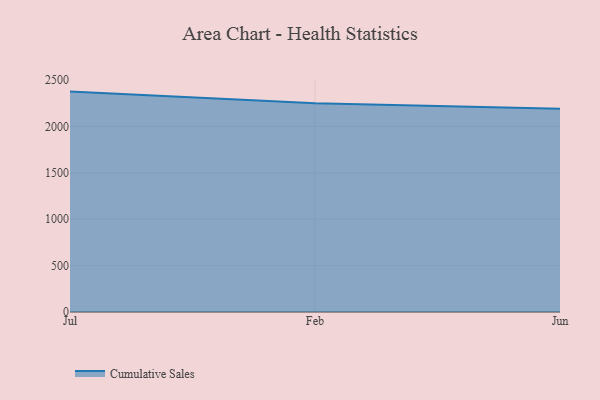
{"axis": {"x": "Month", "y": "LTV (USD)"}, "legend": ["Cumulative Sales"], "data": [{"x": "Jul", "y": 2375.6, "type": "Cumulative Sales"}, {"x": "Feb", "y": 2251.1, "type": "Cumulative Sales"}, {"x": "Jun", "y": 2192.0, "type": "Cumulative Sales"}]}